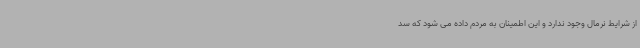
از شرایط نرمال وجود ندارد و این اطمینان به مردم داده می شود که سد